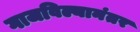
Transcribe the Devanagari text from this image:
गाजविल्यानंतर